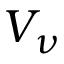
V _ { \nu }